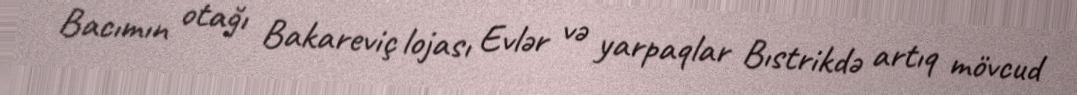
Bacımın otağı Bakareviç lojası Evlər və yarpaqlar Bıstrikdə artıq mövcud